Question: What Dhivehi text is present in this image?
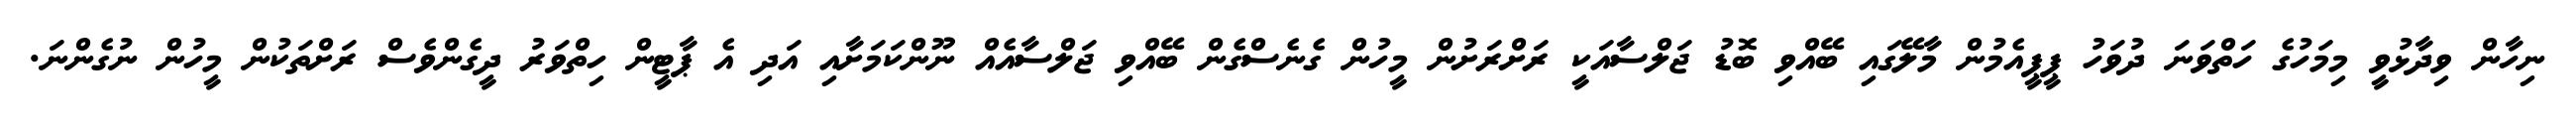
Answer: ނިހާން ވިދާޅުވީ މިމަހުގެ ހަތްވަނަ ދުވަހު ޕީޕީއެމުން މާލޭގައި ބޭއްވި ބޮޑު ޖަލްސާއަކީ ރަށްރަށުން މީހުން ގެނެސްގެން ބޭއްވި ޖަލްސާއެއް ނޫންކަމަށާއި އަދި އެ ޕާޓީން ހިތްވަރު ދީގެންވެސް ރަށްތަކުން މީހުން ނުގެންނަ.